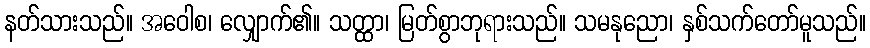
နတ်သားသည်။ အဝေါစ၊ လျှောက်၏။ သတ္ထာ၊ မြတ်စွာဘုရားသည်။ သမနုညော၊ နှစ်သက်တော်မူသည်။